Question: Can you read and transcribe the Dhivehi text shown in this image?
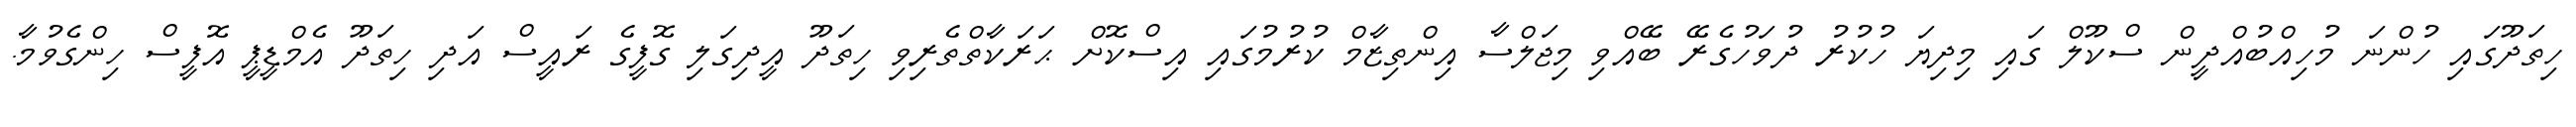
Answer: ހިތަދޫގައި ހުންނަ މުހިއްބުއްދީން ސްކޫލް ގައި މިދިޔަ ހުކުރު ދުވަހުގެރޭ ބޭއްވި މިޖަލްސާ އިންތިޒާމް ކުރުމުގައި އިސްކޮށް ޙަރަކާތްތެރިވި ހިތަދޫ އީދިގަލި ގޮފީގެ ރައީސް އަދި ހިތަދޫ އެމްޑީޕީ އޮފީސް ހިންގެވުމާ.